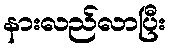
နားလည်လာပြီး